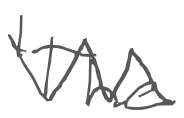
Text: 'The
Cross-out: zig-zag
Writing tool: digital_gray